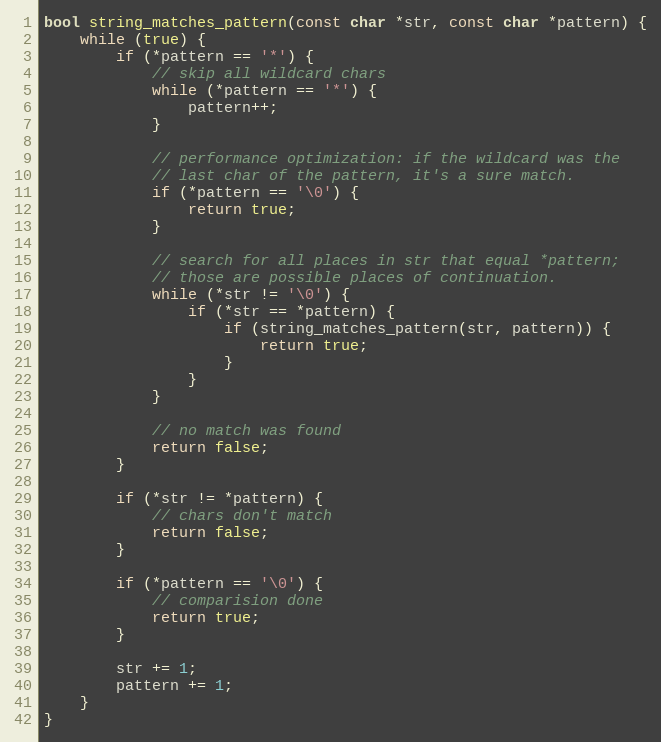
Language: C++
bool string_matches_pattern(const char *str, const char *pattern) {
	while (true) {
		if (*pattern == '*') {
			// skip all wildcard chars
			while (*pattern == '*') {
				pattern++;
			}

			// performance optimization: if the wildcard was the
			// last char of the pattern, it's a sure match.
			if (*pattern == '\0') {
				return true;
			}

			// search for all places in str that equal *pattern;
			// those are possible places of continuation.
			while (*str != '\0') {
				if (*str == *pattern) {
					if (string_matches_pattern(str, pattern)) {
						return true;
					}
				}
			}

			// no match was found
			return false;
		}

		if (*str != *pattern) {
			// chars don't match
			return false;
		}

		if (*pattern == '\0') {
			// comparision done
			return true;
		}

		str += 1;
		pattern += 1;
	}
}